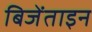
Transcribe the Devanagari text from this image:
बिजेंताइन